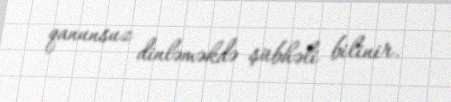
qanunsuz dinləməkdə şübhəli bilinir.